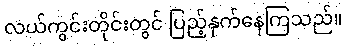
လယ်ကွင်းတိုင်းတွင် ပြည့်နှက်နေကြသည်။